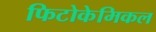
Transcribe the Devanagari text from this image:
फिटोकेमिकल